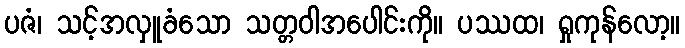
ပဇံ၊ သင့်အလှူခံသော သတ္တဝါအပေါင်းကို။ ပဿထ၊ ရှုကုန်လော့။